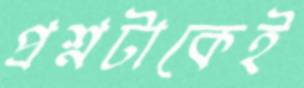
প্রশ্নটাকেই